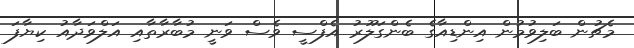
މެޗުން ބަލިވުމުން އިންޑިއާގެ ބެންގަލޫރު އެފްސީ ވެސް ވަނީ މުބާރާތާއި އަލްވަދާއު ކިޔާފަ